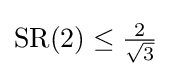
\mathrm {SR} (2)\leq {\tfrac {2}{\sqrt {3}}}